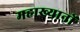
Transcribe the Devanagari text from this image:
महाख्यानों